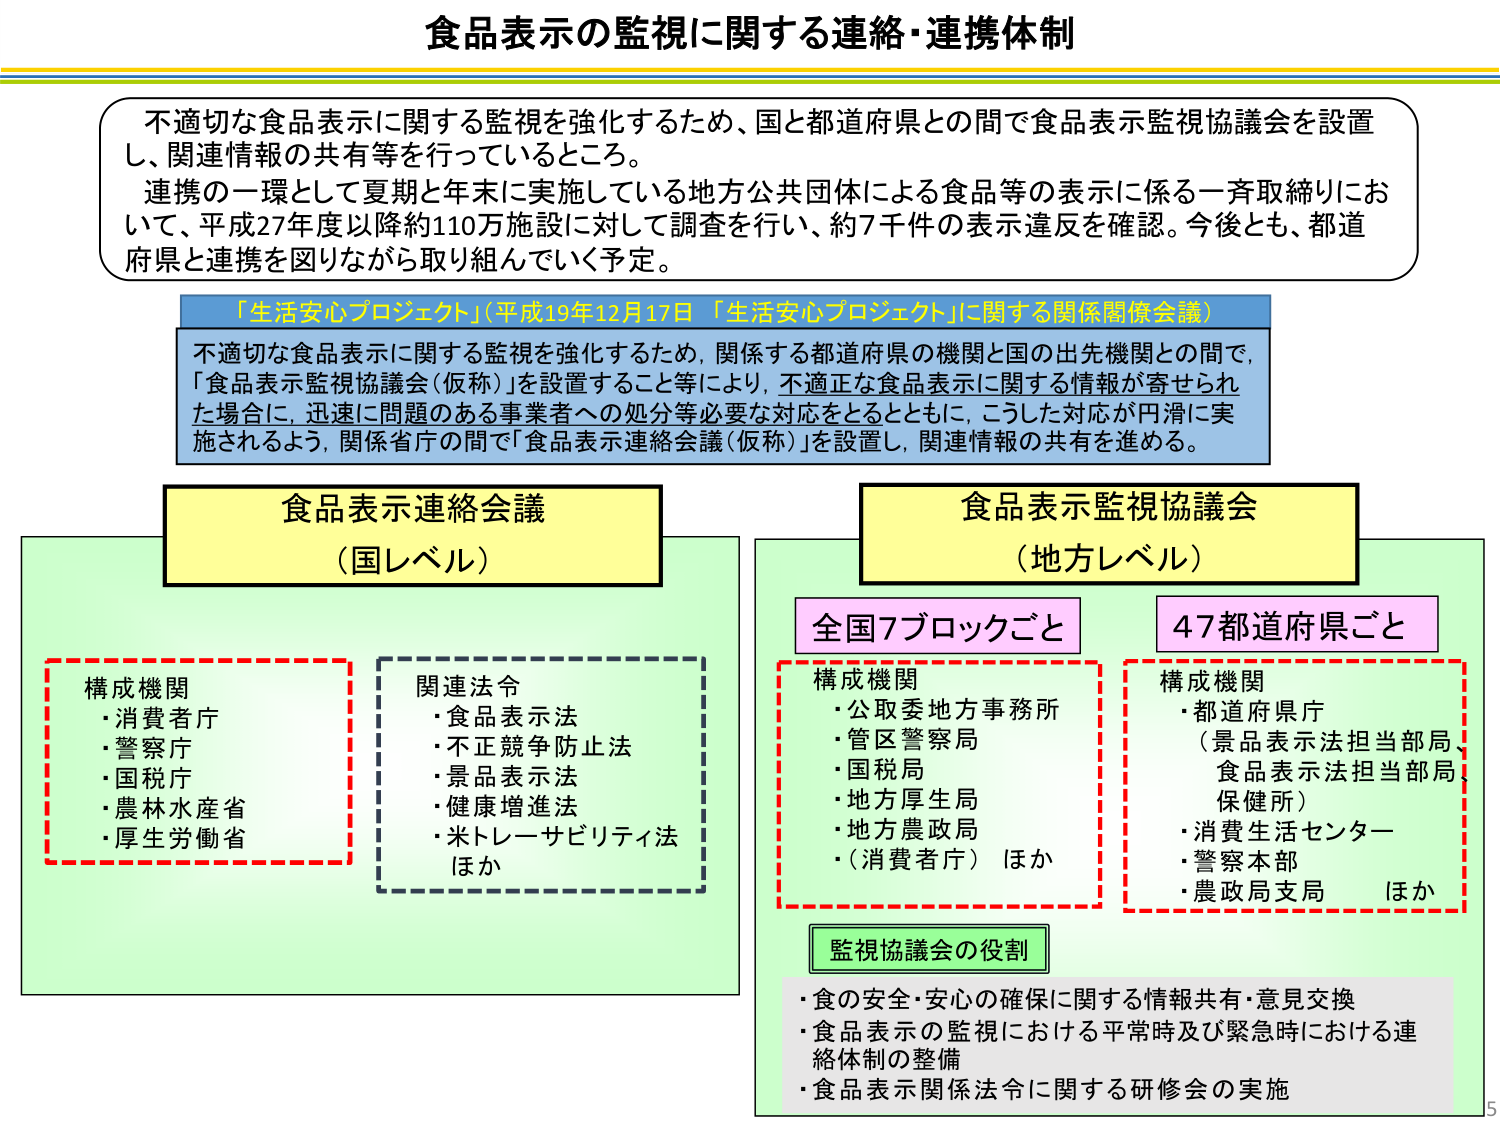
食品表示の監視に関する連絡・連携体制

不適切な食品表示に関する監視を強化するため、国と都道府県との間で食品表示監視協議会を設置し、関連情報の共有等を行っているところ。
連携の一環として夏季と年末に実施している地方公共団体による食品等の表示に係る一斉取締りにおいて、平成27年度以降約110万施設に対して調査を行い、約7千件の表示違反を確認。今後とも、都道府県と連携を図りながら取り組んでいく予定。

「生活安心プロジェクト」（平成19年12月17日 「生活安心プロジェクト」に関する関係閣僚会議）
不適切な食品表示に関する監視を強化するため、関係する都道府県の機関と国の出先機関との間で、「食品表示監視協議会（仮称）」を設置すること等により、不適正な食品表示に関する情報が寄せられた場合に、迅速に問題のある事業者への処分等必要な対応をとるとともに、こうした対応が円滑に実施されるよう、関係省庁の間で「食品表示連絡会議（仮称）」を設置し、関連情報の共有を進める。

食品表示連絡会議
（国レベル）

構成機関
・消費者庁
・警察庁
・国税庁
・農林水産省
・厚生労働省

関連法令
・食品表示法
・不正競争防止法
・景品表示法
・健康増進法
・米トレーサビリティ法
ほか

食品表示監視協議会
（地方レベル）

全国7ブロックごと

構成機関
・公取委地方事務所
・管区警察局
・国税局
・地方厚生局
・地方農政局
・（消費者庁）ほか

47都道府県ごと

構成機関
・都道府県庁
（景品表示法担当部局、食品表示法担当部局、保健所）
・消費生活センター
・警察本部
・農政局支局 ほか

監視協議会の役割
・食の安全・安心の確保に関する情報共有・意見交換
・食品表示の監視における平常時及び緊急時における連絡体制の整備
・食品表示関係法令に関する研修会の実施

5